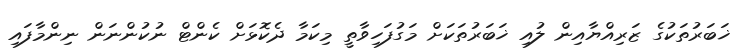
ޚަބަރުތަކުގެ ޒަރިއްޔާއިން ލުއި ޚަބަރުތަކަށް މަގުފަހިވާތީ މިކަމާ ދެކޮޅަށް ކެންޓް ނުކުންނަން ނިންމާފައި